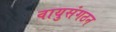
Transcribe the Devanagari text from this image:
वायुसंगठन